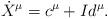
LaTeX: \begin{align*} \dot X^\mu = c^\mu + I d^\mu.\end{align*}